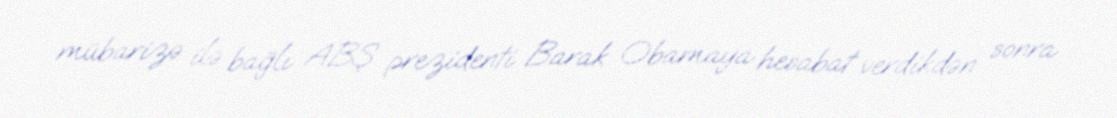
mübarizə ilə bağlı ABŞ prezidenti Barak Obamaya hesabat verdikdən sonra